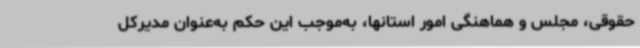
حقوقی، مجلس و هماهنگی امور استانها، به‌موجب این حکم به‌عنوان مدیرکل